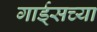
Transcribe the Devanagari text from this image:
गार्ड्‌सच्या